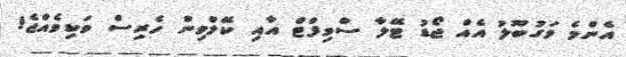
އެންމެ މަގުބޫލު އެއް ޖޯޑު ޓޭލާ ސްވިފްޓް އާއި ކޭލްވިން ހެރިސް ވަކިވެއްޖެ!